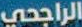
الراجحي